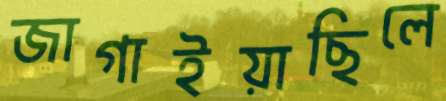
জাগাইয়াছিলে